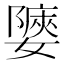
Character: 𡣀